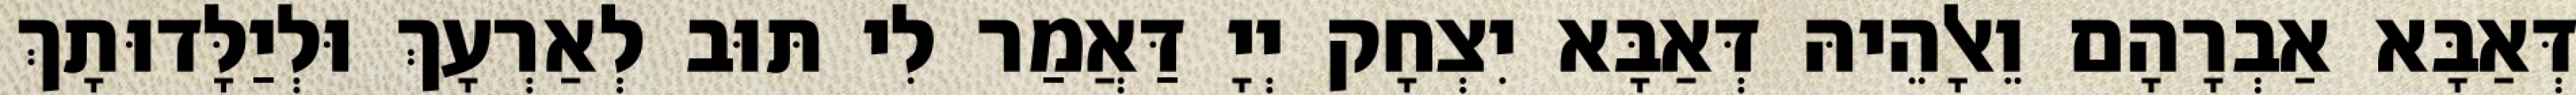
דְּאַבָּא אַבְרָהָם וֵאלָהֵיהּ דְּאַבָּא יִצְחָק יְיָ דַּאֲמַר לִי תּוּב לְאַרְעָךְ וּלְיַלָּדוּתָךְ